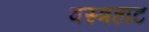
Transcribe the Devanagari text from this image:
वस्त्रहाट